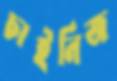
চাইনিজ